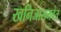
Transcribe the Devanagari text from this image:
खनिजासमवेत